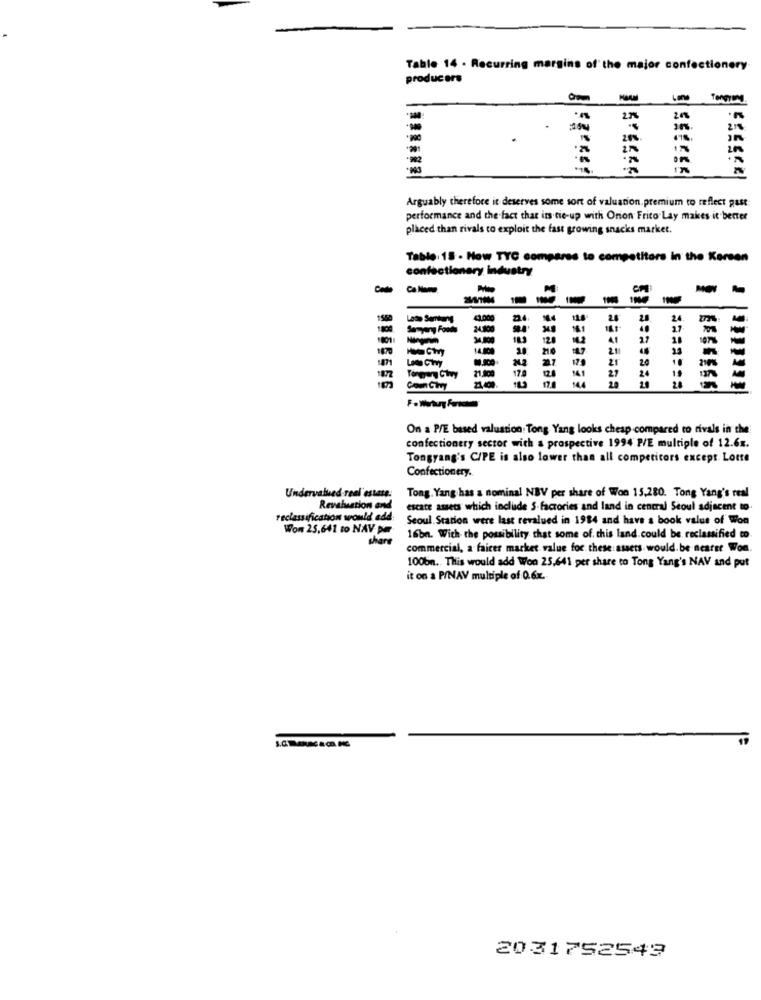
Table 14 - Recurring margins of the major confec
producers
2.7%
10%.
27%
20%
20%
Arguably therefore it deserves some sort of valuation.premium to reflect gast
performance and the fact that its tie-up with Orion Frito Lay makes it better
placed than rivals to exploit the fast growing snacks market.
Table. 18 . How TYC compares to competitors in the Kersen
confectionery industry
M
CH
1580
24
1800
Sorryany Foods
24.800
40
34,100
12
14.2
1870
14.800
21
212
179
20
10
210%
-
21 ica
170
14.1
24
Tonga Chwy
20
On a P/E based valuation: Tong Yang looks cheap compared to rivals in the
confectionery sector with a prospective 1994 P/E multiple of 12.6x.
Tongyang's C/PE is also lower than all competitors except. Lotte
Confectionery.
Undervalued real estate.
Tong. Yang has a nominal NBV per share of Won 15,280. Tong Yang's real
Revaluation and
escate assets which include S-factories and land in central Seoul adjacent to.
reclassification would add
Seoul Station were last revalued in 1984 and have a book value of Won
Won 25,641 to NAV pm
share
16bn. With the possibility that some of. this land. could be, reclassified to
commercial, a fairer market value for these assets would. be nearer Won.
100bm .. This would add Won 25,641 per share to Tong Yang's NAV and put
it on a P/NAV multiple of Q.6x.
2031752543